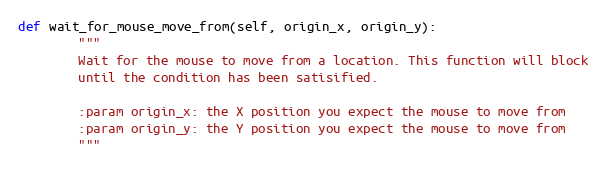
Language: Python
def wait_for_mouse_move_from(self, origin_x, origin_y):
        """
        Wait for the mouse to move from a location. This function will block
        until the condition has been satisified.

        :param origin_x: the X position you expect the mouse to move from
        :param origin_y: the Y position you expect the mouse to move from
        """